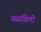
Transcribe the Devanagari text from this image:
वळविली